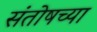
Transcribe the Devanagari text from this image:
संतोषच्या